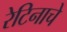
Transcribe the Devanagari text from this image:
रेटिनाचे